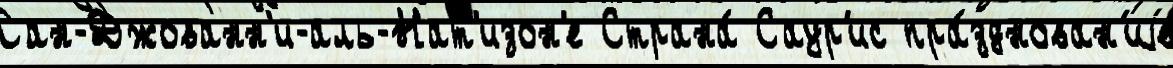
Сан-Джованн'и-аль-Нат'изон'е Страна́ Саур'ис пра́зднован'иjе